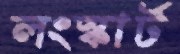
লংস্কার্ট